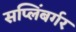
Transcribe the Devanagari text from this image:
सप्लिंबर्गर